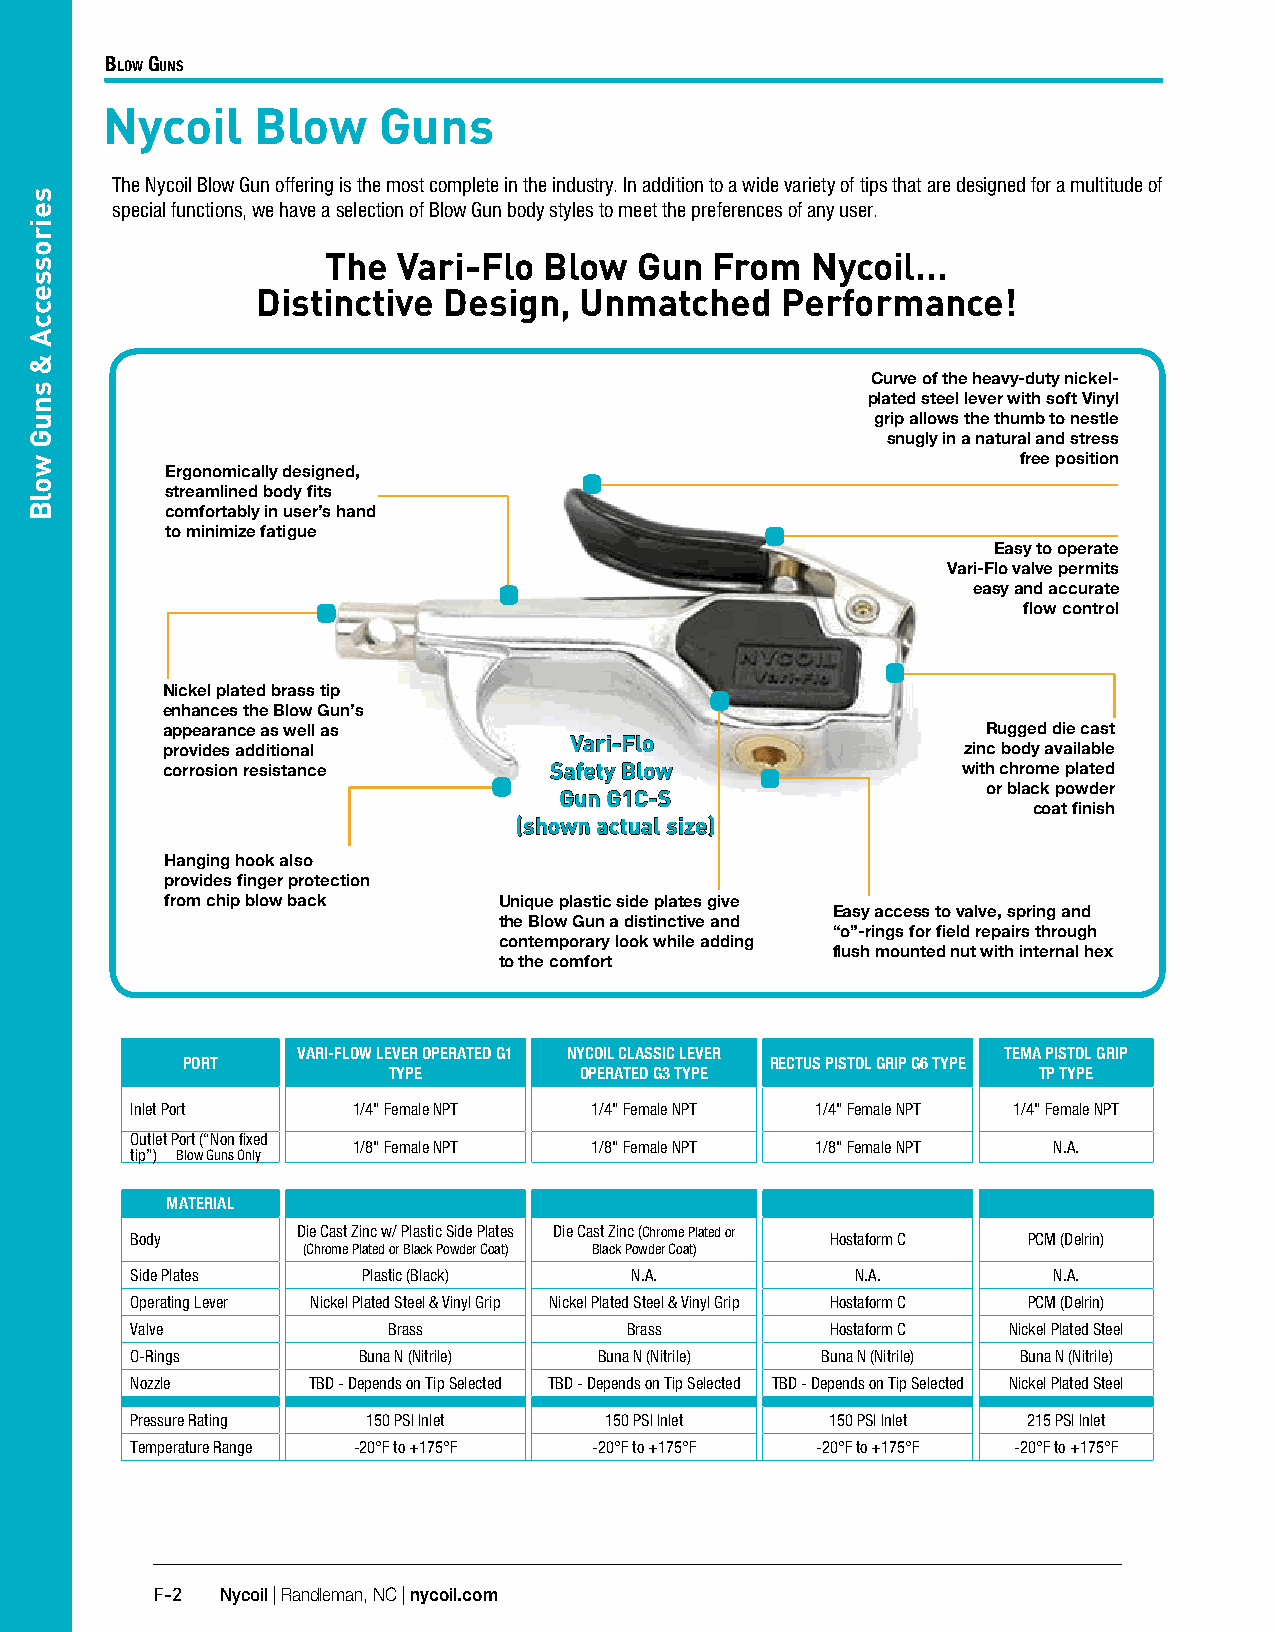
Blow Guns
 Nycoil    Blow    Guns
 The Nycoil Blow Gun offering is the most complete in the industry. In addition to a wide variety of tips that are designed for a multitude of
 special functions, we have a selection of Blow Gun body styles to meet the preferences of any user.
 The Vari-Flo  Blow  Gun  From   Nycoil...
 Distinctive Design,  Unmatched     Performance!
 Curve of the heavy-duty nickel-
 plated steel lever with soft Vinyl
 grip allows the thumb to nestle
 snugly in a natural and stress
 free position
 Ergonomically designed,
 streamlined body fits
 comfortably in user’s hand
 to minimize fatigue
 Easy to operate
 Vari-Flo valve permits
 easy and accurate
 flow control
 Nickel plated brass tip
 enhances the Blow Gun’s
 appearance as well as                                 Rugged die cast
 Vari-Flo
 provides additional                                  zinc body available
 corrosion resistance     Safety Blow                 with chrome plated
 or black powder
 Gun G1C-S
 coat finish
 (shown actual size)
 Hanging hook also
 provides finger protection
 from chip blow back   Unique plastic side plates give
 Easy access to valve, spring and
 the Blow Gun a distinctive and
 “o”-rings for field repairs through
 contemporary look while adding
 flush mounted nut with internal hex
 to the comfort
 VARI-FLOW LEVER OPERATED G1 NYCOIL CLASSIC LEVER TEMA PISTOL GRIP
 PORT                                   RECTUS PISTOL GRIP G6 TYPE
 TYPE        OPERATED G3 TYPE               TP TYPE
 Inlet Port    1/4" Female NPT 1/4" Female NPT 1/4" Female NPT 1/4" Female NPT
 Outlet Port (“Non fixed
 1/8" Female NPT 1/8" Female NPT 1/8" Female NPT N.A.
 tip”) Blow Guns Only
 MATERIAL
 Die Cast Zinc w/ Plastic Side Plates Die Cast Zinc (Chrome Plated or
 Body                                          Hostaform C  PCM (Delrin)
 (Chrome Plated or Black Powder Coat) Black Powder Coat)
 Side Plates    Plastic (Black)   N.A.           N.A.         N.A.
 Operating Lever Nickel Plated Steel & Vinyl Grip Nickel Plated Steel & Vinyl Grip Hostaform C PCM (Delrin)
 Valve            Brass           Brass        Hostaform C Nickel Plated Steel
 O-Rings        Buna N (Nitrile) Buna N (Nitrile) Buna N (Nitrile) Buna N (Nitrile)
 Nozzle     TBD - Depends on Tip Selected TBD - Depends on Tip Selected TBD - Depends on Tip Selected Nickel Plated Steel
 Pressure Rating 150 PSI Inlet  150 PSI Inlet  150 PSI Inlet 215 PSI Inlet
 Temperature Range -20°F to +175°F -20°F to +175°F -20°F to +175°F -20°F to +175°F
 F-2  Nycoil | Randleman, NC | nycoil.com
 seirosseccA
 &
 snuG
 wolB